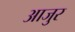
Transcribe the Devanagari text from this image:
आजुर